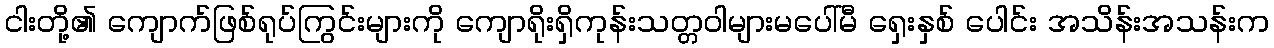
ငါးတို့၏ ကျောက်ဖြစ်ရုပ်ကြွင်းများကို ကျောရိုးရှိကုန်းသတ္တဝါများမပေါ်မီ ရှေးနှစ် ပေါင်း အသိန်းအသန်းက